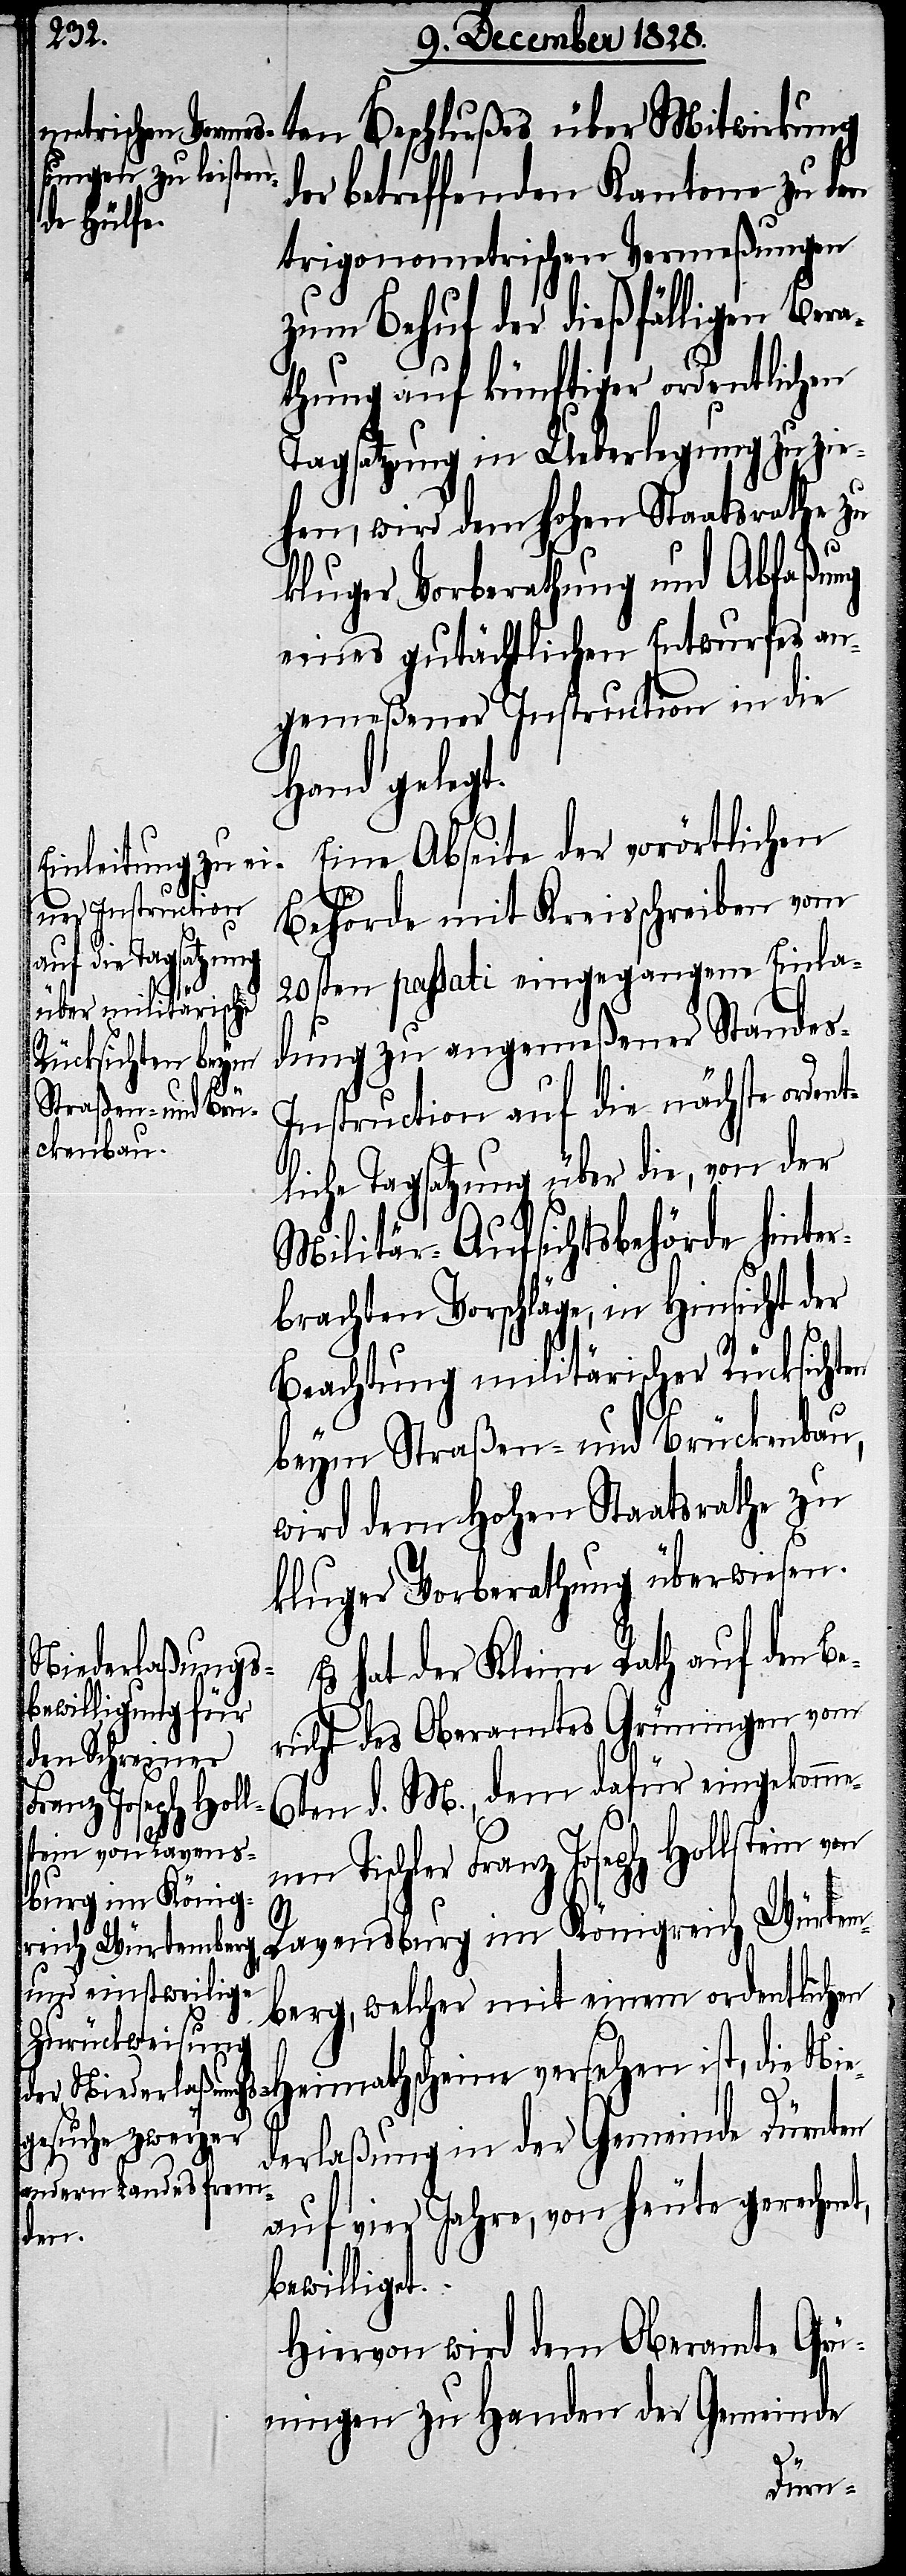
ten Beschlußes über Mitwirkung
der betreffenden Kantone zu den
trigonometrischen Vermeßungen
zum Behuf der dießfälligen Bera¬
thung auf künftiger ordentlichen
Tagsatzung in Ueberlegung zu zie¬
hen, wird dem hohen Staatsrathe zu
kluger Vorberathung und Abfaßung
eines gutächtlichen Entwurfes an¬
gemeßener Instruction in die
Hand gelegt.
Eine Abseite der vorörtlichen
Behörde mit Kreisschreiben vom
20sten passati eingegangene Einla¬
dung zu angemeßener Stande¬
s-Instruction auf die nächste orden¬
tliche Tagsatzung über die, von der
Militär-Aufsichtsbehörde hinter¬
brachten Vorschläge, in Hinsicht der
t,
Beachtung militärischer Rücksichten
beym Straßen- und Brückenbau,
wird dem Hohen Staatsrathe zu
kluger Vorberathung überwiesen.
Es hat der Kleine Rath auf den Be¬
richt des Oberamtes Grüningen vom
6ten d. M., dem dafür eingekomm¬
enen Tischler Franz Joseph Hollstein von
Ravensburg im Königreich Würtem¬
berg, welcher mit einem ordentlichen
Heimathscheine versehen ist, die Nie¬
derlaßung in der Gemeinde Dürnten
auf vier Jahre von heute gerechne¬
bewilliget.
Hiervon wird dem Oberamte Grü¬
ningen zu Handen der Gemeinde